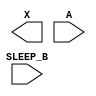
module sky130_fd_sc_hvl__lsbuflv2hv_clkiso_hlkg (
    X      ,
    A      ,
    SLEEP_B
);

    output X      ;
    input  A      ;
    input  SLEEP_B;

    // Voltage supply signals
    supply1 VPWR ;
    supply0 VGND ;
    supply1 LVPWR;
    supply1 VPB  ;
    supply0 VNB  ;

endmodule